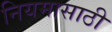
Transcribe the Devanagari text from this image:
नियमासाठी